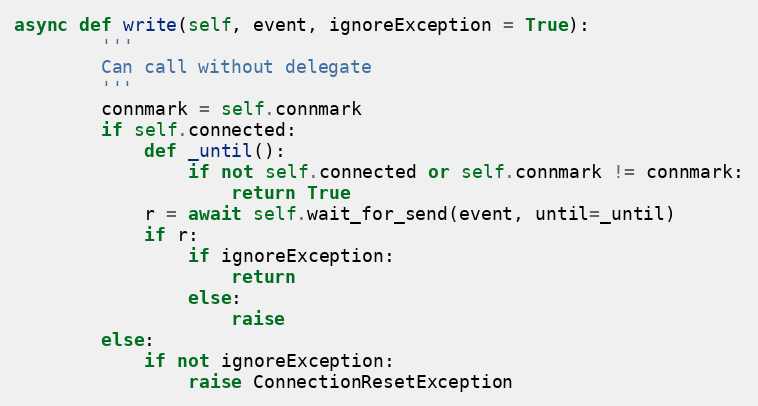
Language: Python
async def write(self, event, ignoreException = True):
        '''
        Can call without delegate
        '''
        connmark = self.connmark
        if self.connected:
            def _until():
                if not self.connected or self.connmark != connmark:
                    return True
            r = await self.wait_for_send(event, until=_until)
            if r:
                if ignoreException:
                    return
                else:
                    raise
        else:
            if not ignoreException:
                raise ConnectionResetException